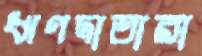
ঋণদাতারা